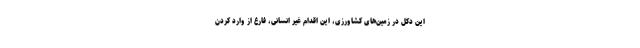
این دکل در زمین‌های کشاورزی، این اقدام غیر انسانی، فارغ از وارد کردن